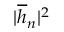
| \overline { { h } } _ { n } | ^ { 2 }